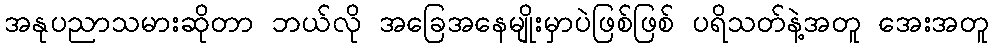
အနုပညာသမားဆိုတာ ဘယ်လို အခြေအနေမျိုးမှာပဲဖြစ်ဖြစ် ပရိသတ်နဲ့အတူ အေးအတူ